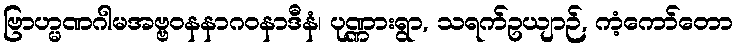
ဗြာဟ္မဏဂါမအဗ္ဗဝနနာဂဝနာဒီနံ၊ ပုဏ္ဏားရွာ, သရက်ဥယျာဉ်, ကံ့ကော်တော